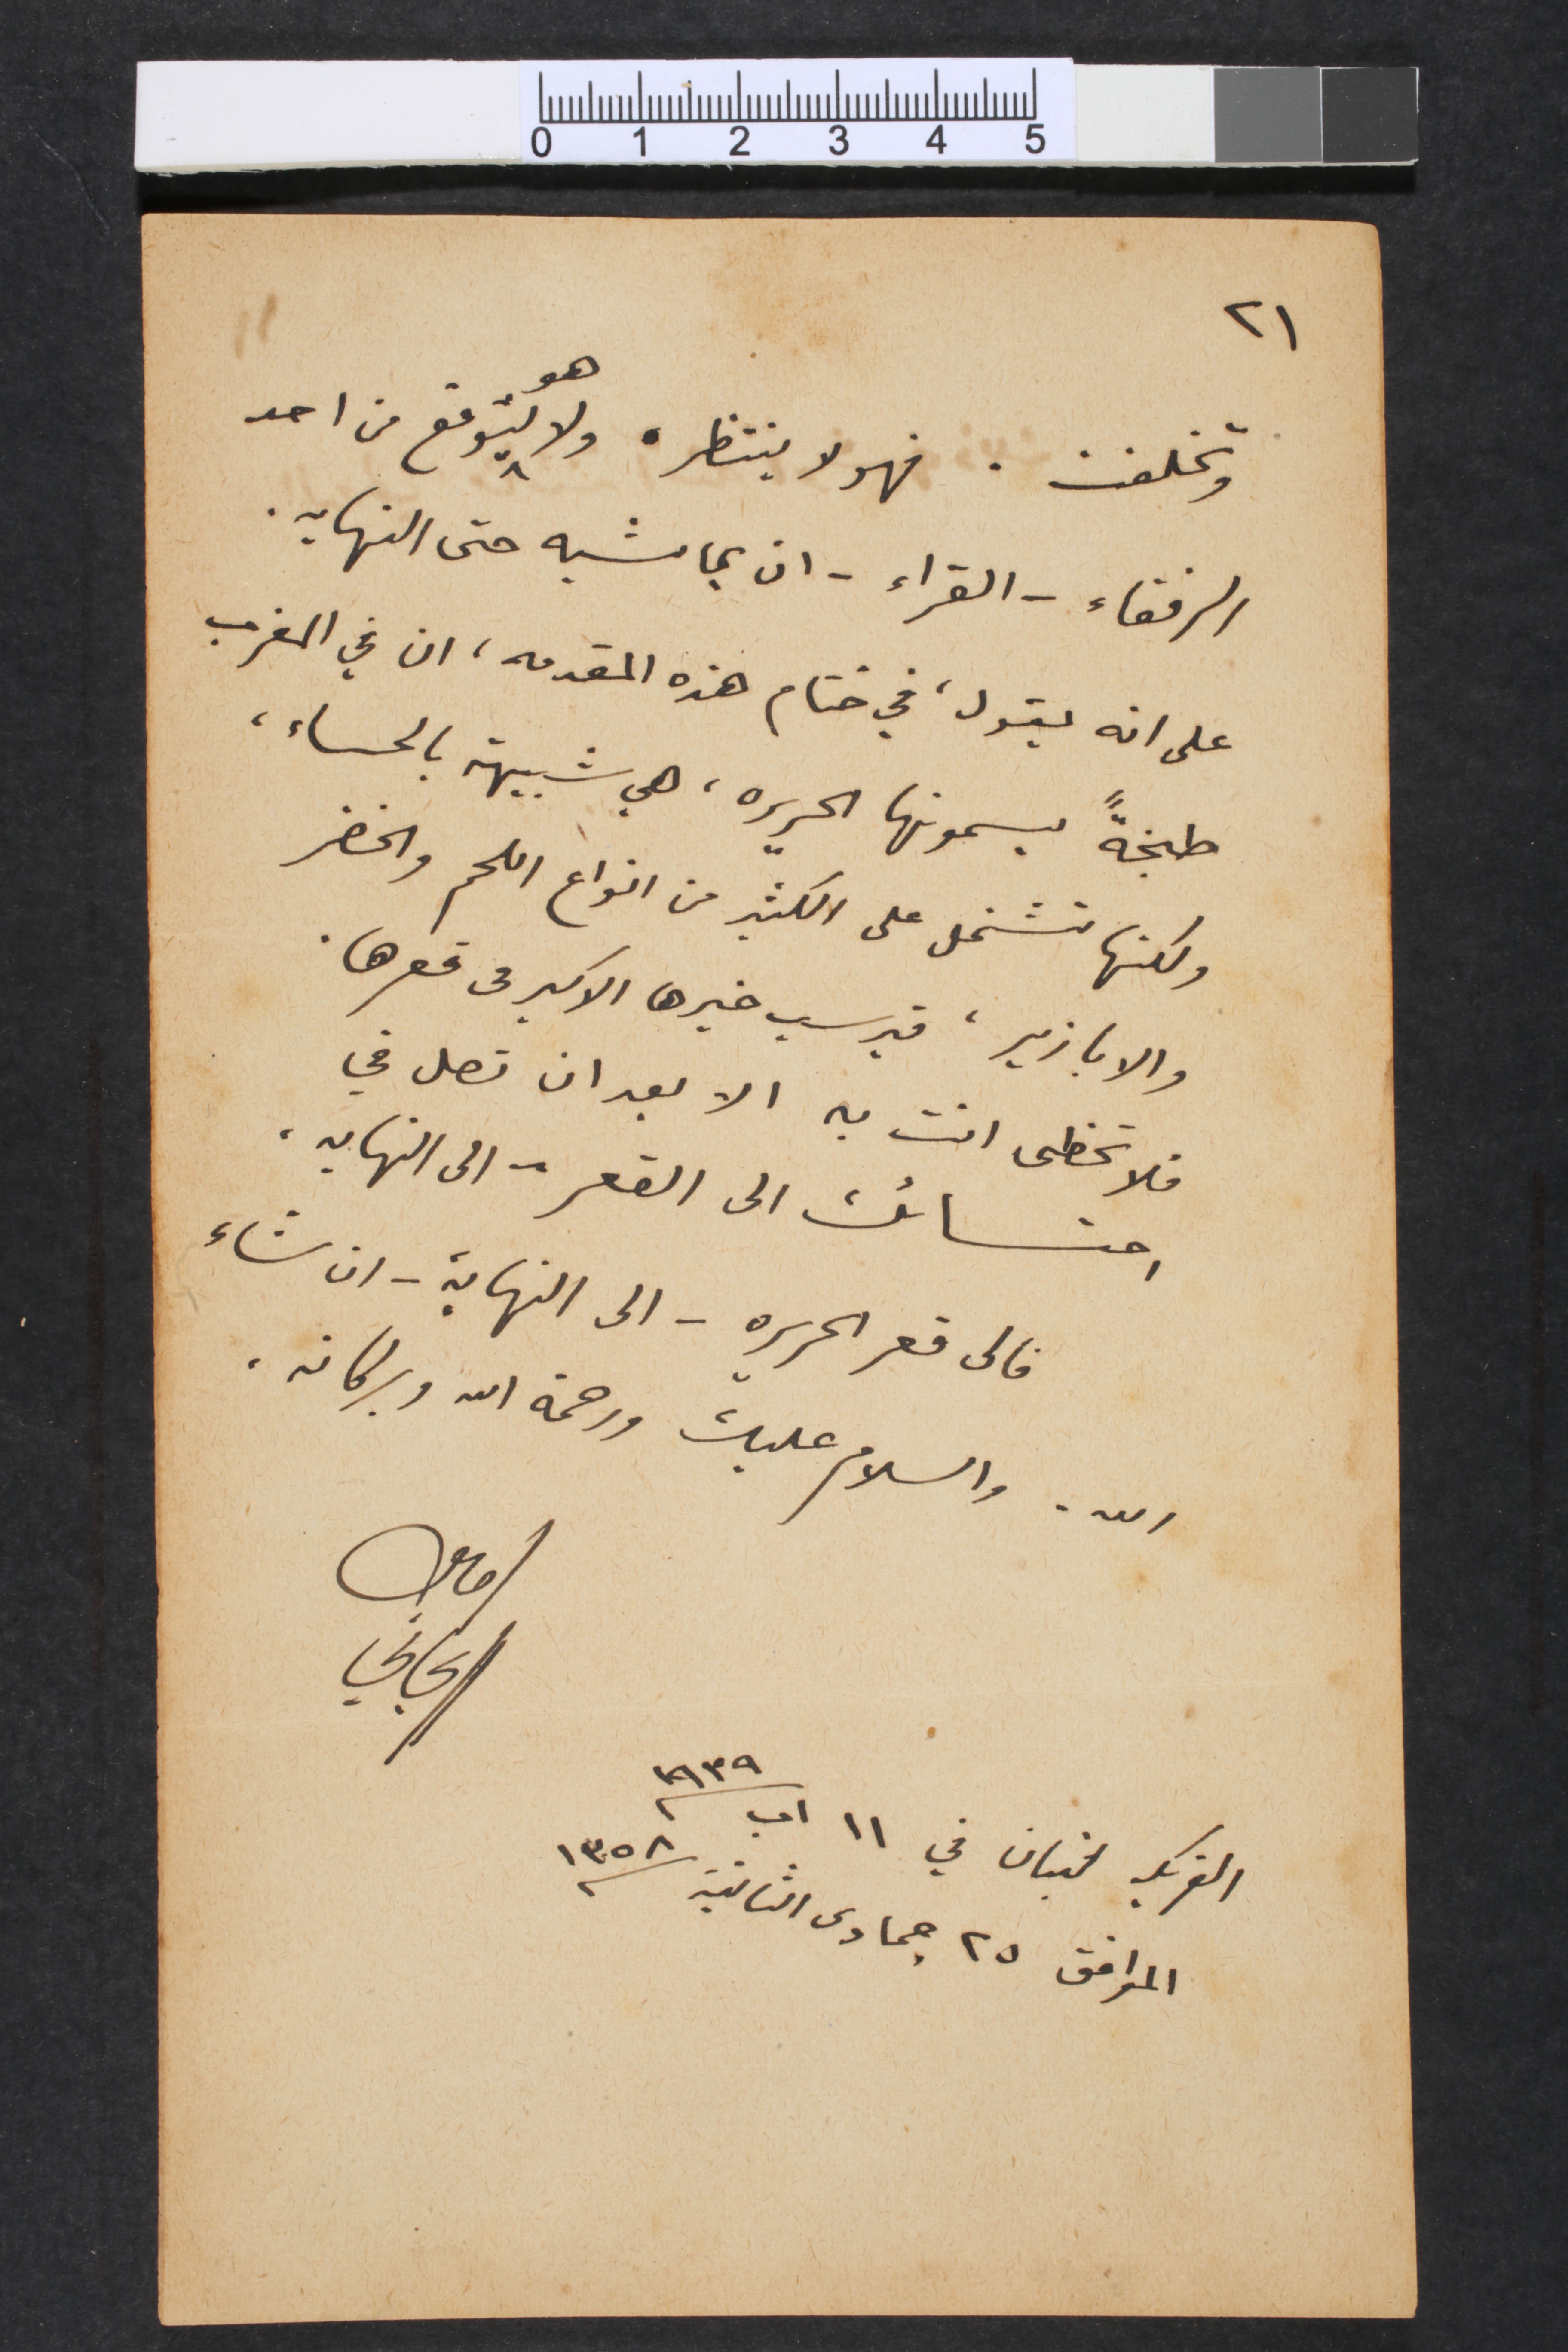
٢١
وتخلفت. فهو لا ينتظره ولا هو يتوقع من احد
الرفقاء – القراء – ان يماشيه حتى النهايه.
على انه يقول، في ختام هذه المقدمه، ان في المغرب
طبخةً يسمونها الحريره، هي شبيهة بالحساء،
ولكنها تشتمل على الكثير من انواع اللحم والخضر
والابازير، فيرسب خيرها الاكبر في قعرها.
فلا تحظى انت به الا بعد ان تصل في
احتسائك الى القعر – الى النهايه.
فالى قعر الحريره – الى النهاية – ان شاء
الله. والسلام عليك ورحمة الله وبركاته.
امين الريحاني
الفريكه لبنان في ١١ اب سنة ١٩٣٩
الموافق ٢٥ جمادى الثانية سنة ١٣٥٨